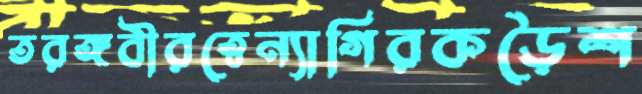
তরঙ্গবীরত্বেন্যাগিরকড়ৈশ